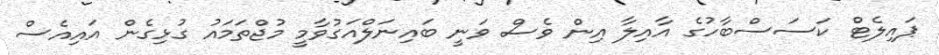
ޕައިލެޓް ކަސަސްބާހުގެ އާއިލާ އިން ވެސް ވަނީ ބައިނަލްއަގުވާމީ މުޖްތަމައު ގުޅިގެން އައިއެސް